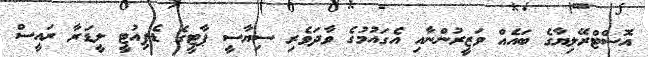
އޮސްޓްރޭލިޔާގެ ބައެއް ވަޒީރުންނާއި އެގައުމުގެ ވާދަވެރި ސިޔާސީ ޕާޓީގެ ޑެޕިއުޓީ ލީޑަރާ ރައީސް